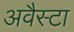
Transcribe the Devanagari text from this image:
अवैस्टा